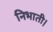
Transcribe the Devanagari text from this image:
निभाती।